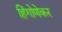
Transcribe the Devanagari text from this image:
हिंगोणेकर